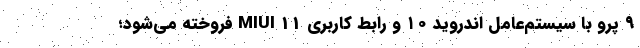
۹ پرو با سیستم‌عامل اندروید ۱۰ و رابط کاربری MIUI 11 فروخته می‌شود؛